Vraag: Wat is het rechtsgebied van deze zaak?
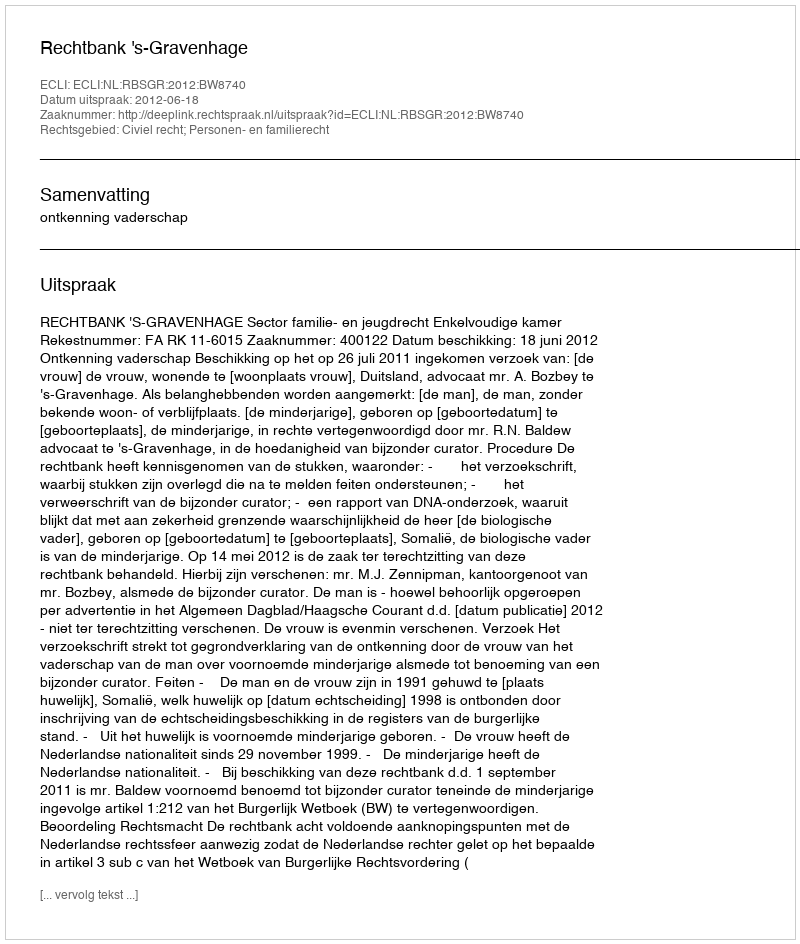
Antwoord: Civiel recht; Personen- en familierecht